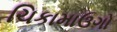
ચિકામાઉગો